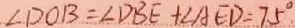
\angle D O B = \angle D B E + \angle A E D = 7 5 ^ { \circ }